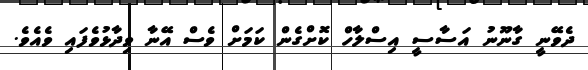
ދެވޭނީ ގާނޫނު އަސާސީ އިސްލާހް ކޮށްގެން ކަމަށް ވެސް އޭނާ ވިދާޅުވެފައި ވެއެވެ.